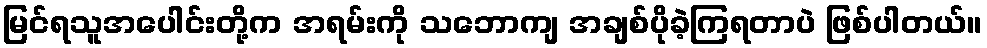
မြင်ရသူအပေါင်းတို့က အရမ်းကို သဘောကျ အချစ်ပိုခဲ့ကြရတာပဲ ဖြစ်ပါတယ်။